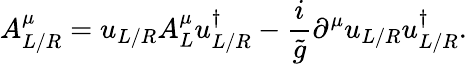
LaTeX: A_{L/R}^{\mu}=u_{L/R}A_{L}^{\mu}u_{L/R}^{\dagger}-\frac{i}{\tilde{g}}\partial^{\mu}u_{L/R}u_{L/R}^{\dagger}.